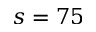
s = 7 5